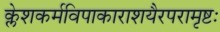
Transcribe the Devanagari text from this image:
क्लेशकर्मविपाकाराशयैरपरामृष्टः